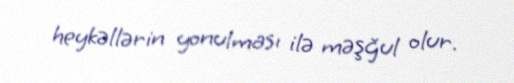
heykəllərin yonulması ilə məşğul olur.